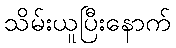
သိမ်းယူပြီးနောက်